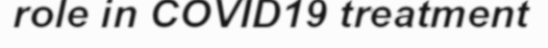
role in COVID19 treatment